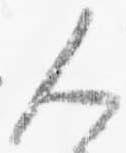
人